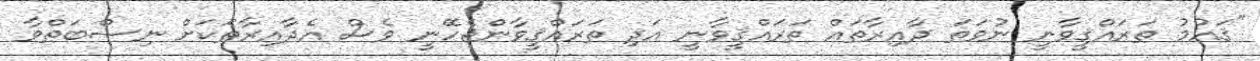
"ޤައުމު ތަރައްޤީވާނީ ނުވަތަ ދާއިރާތައް ތަރައްޤީވާނީ އަދި ތަރައްޤީވާންޖެހޭނީ ވެސް އެދާއިރާތަކަށް ނިސްބަތްވާ